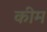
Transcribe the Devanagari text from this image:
कीम